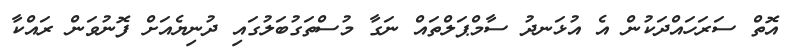
އޮތް ސަރަހައްދަކުން އެ އުޅަނދު ސާމްޕަލްތައް ނަގާ މުސްތަގުބަލުގައި ދުނިޔެއަށް ފޮނުވަން ރައްކާ